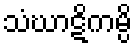
သံဃာဋိကမ္ပိ